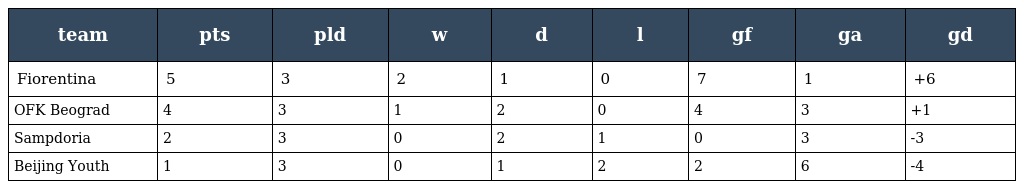
| team | pts | pld | w | d | l | gf | ga | gd |
 | --- | --- | --- | --- | --- | --- | --- | --- | --- |
 | Fiorentina | 5 | 3 | 2 | 1 | 0 | 7 | 1 | +6 |
 | OFK Beograd | 4 | 3 | 1 | 2 | 0 | 4 | 3 | +1 |
 | Sampdoria | 2 | 3 | 0 | 2 | 1 | 0 | 3 | -3 |
 | Beijing Youth | 1 | 3 | 0 | 1 | 2 | 2 | 6 | -4 |